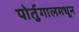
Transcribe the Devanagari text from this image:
पोर्तुगालमधून